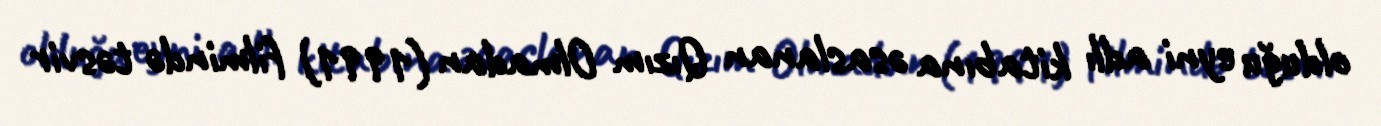
olduğu eyni adlı kitabına əsaslanan Qızım Olmadan (1991) filmində təsvir